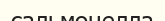
сальмонелла